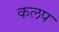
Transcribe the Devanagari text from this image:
कलप